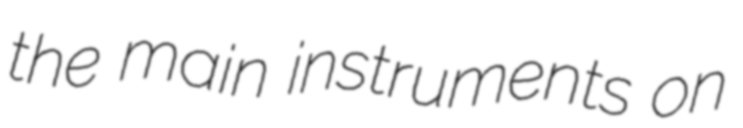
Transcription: the main instruments on